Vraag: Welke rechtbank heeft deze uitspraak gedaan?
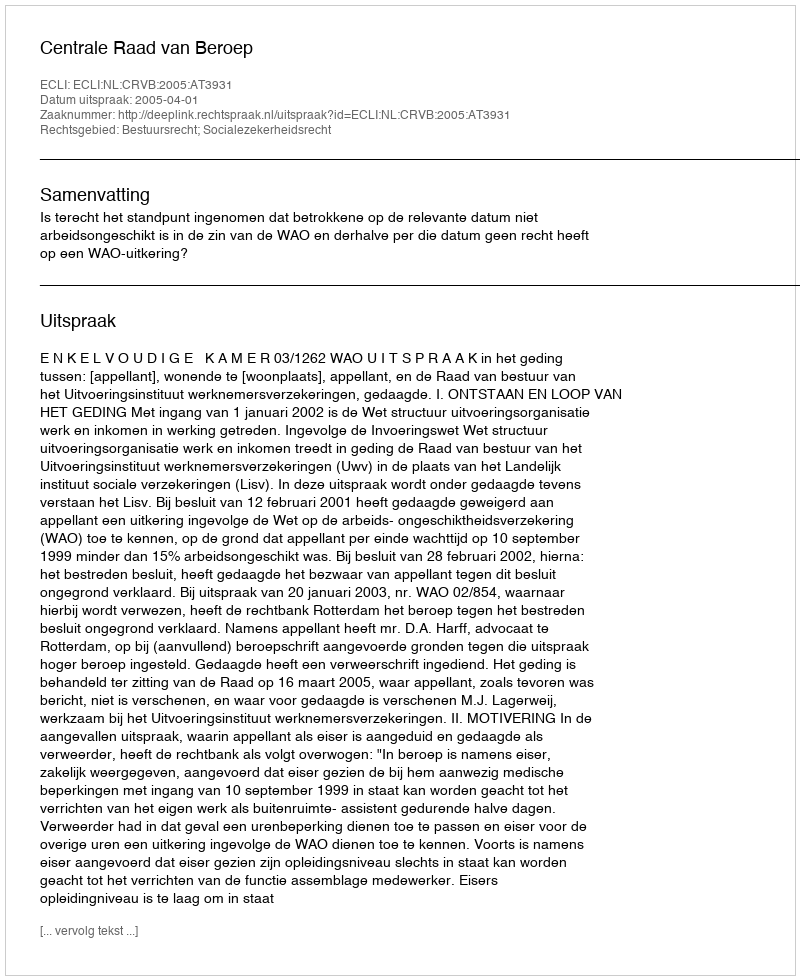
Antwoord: Centrale Raad van Beroep